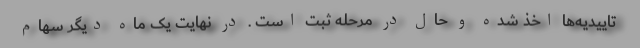
تاییدیه‌ها اخذ شده و حال در مرحله ثبت است . در نهایت یک ماه دیگر سهام